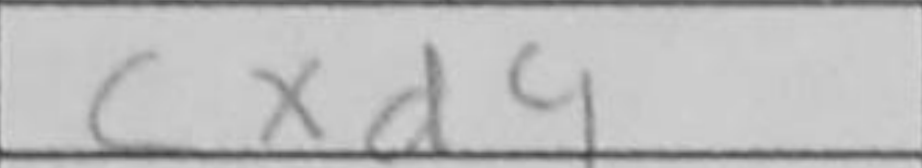
Transcription: cxd4